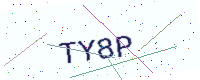
Text: TY8P